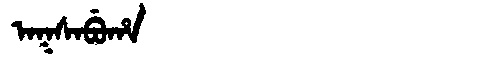
Manchu: ᠠᡴᠰᠠᠪᡠᡥᠠ
Romanization: AKSABUHA